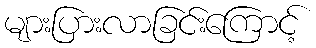
များပြားလာခြင်းကြောင့်